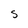
Character: s